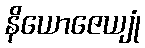
နိယောဇေယျုံ